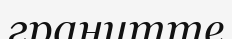
гранитте